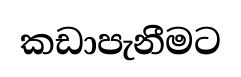
කඩාපැනීමට